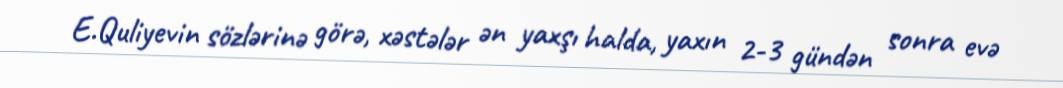
E.Quliyevin sözlərinə görə, xəstələr ən yaxşı halda, yaxın 2-3 gündən sonra evə